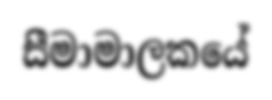
සීමාමාලකයේ